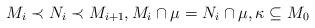
LaTeX: \begin{align*}M_i \prec N_i \prec M_{i+1},M_i \cap \mu = N_i \cap \mu,\kappa\subseteq M_0\end{align*}